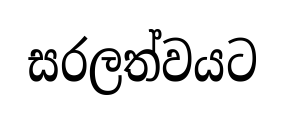
සරලත්වයට